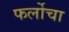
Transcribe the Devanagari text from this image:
फर्लोचा